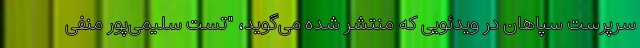
سرپرست سپاهان در ویدئویی که منتشر شده می‌گوید، "تست سلیمی‌پور منفی